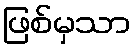
ဖြစ်မှသာ